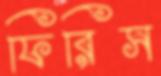
ফিরিস